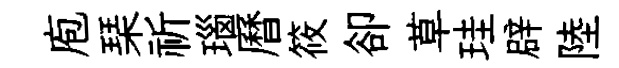
庖琹祈瑙曆筱卻草珪辟陸